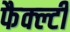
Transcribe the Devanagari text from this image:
फैक्ल्टी